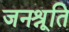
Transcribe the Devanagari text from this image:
जनश्रूति